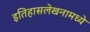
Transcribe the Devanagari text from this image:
इतिहासलेखनामध्ये